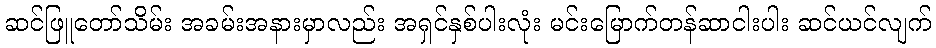
ဆင်ဖြူတော်သိမ်း အခမ်းအနားမှာလည်း အရှင်နှစ်ပါးလုံး မင်းမြောက်တန်ဆာငါးပါး ဆင်ယင်လျက်